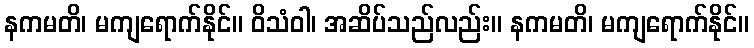
နကမတိ၊ မကျရောက်နိုင်။ ဝိသံဝါ၊ အဆိပ်သည်လည်း။ နကမတိ၊ မကျရောက်နိုင်။